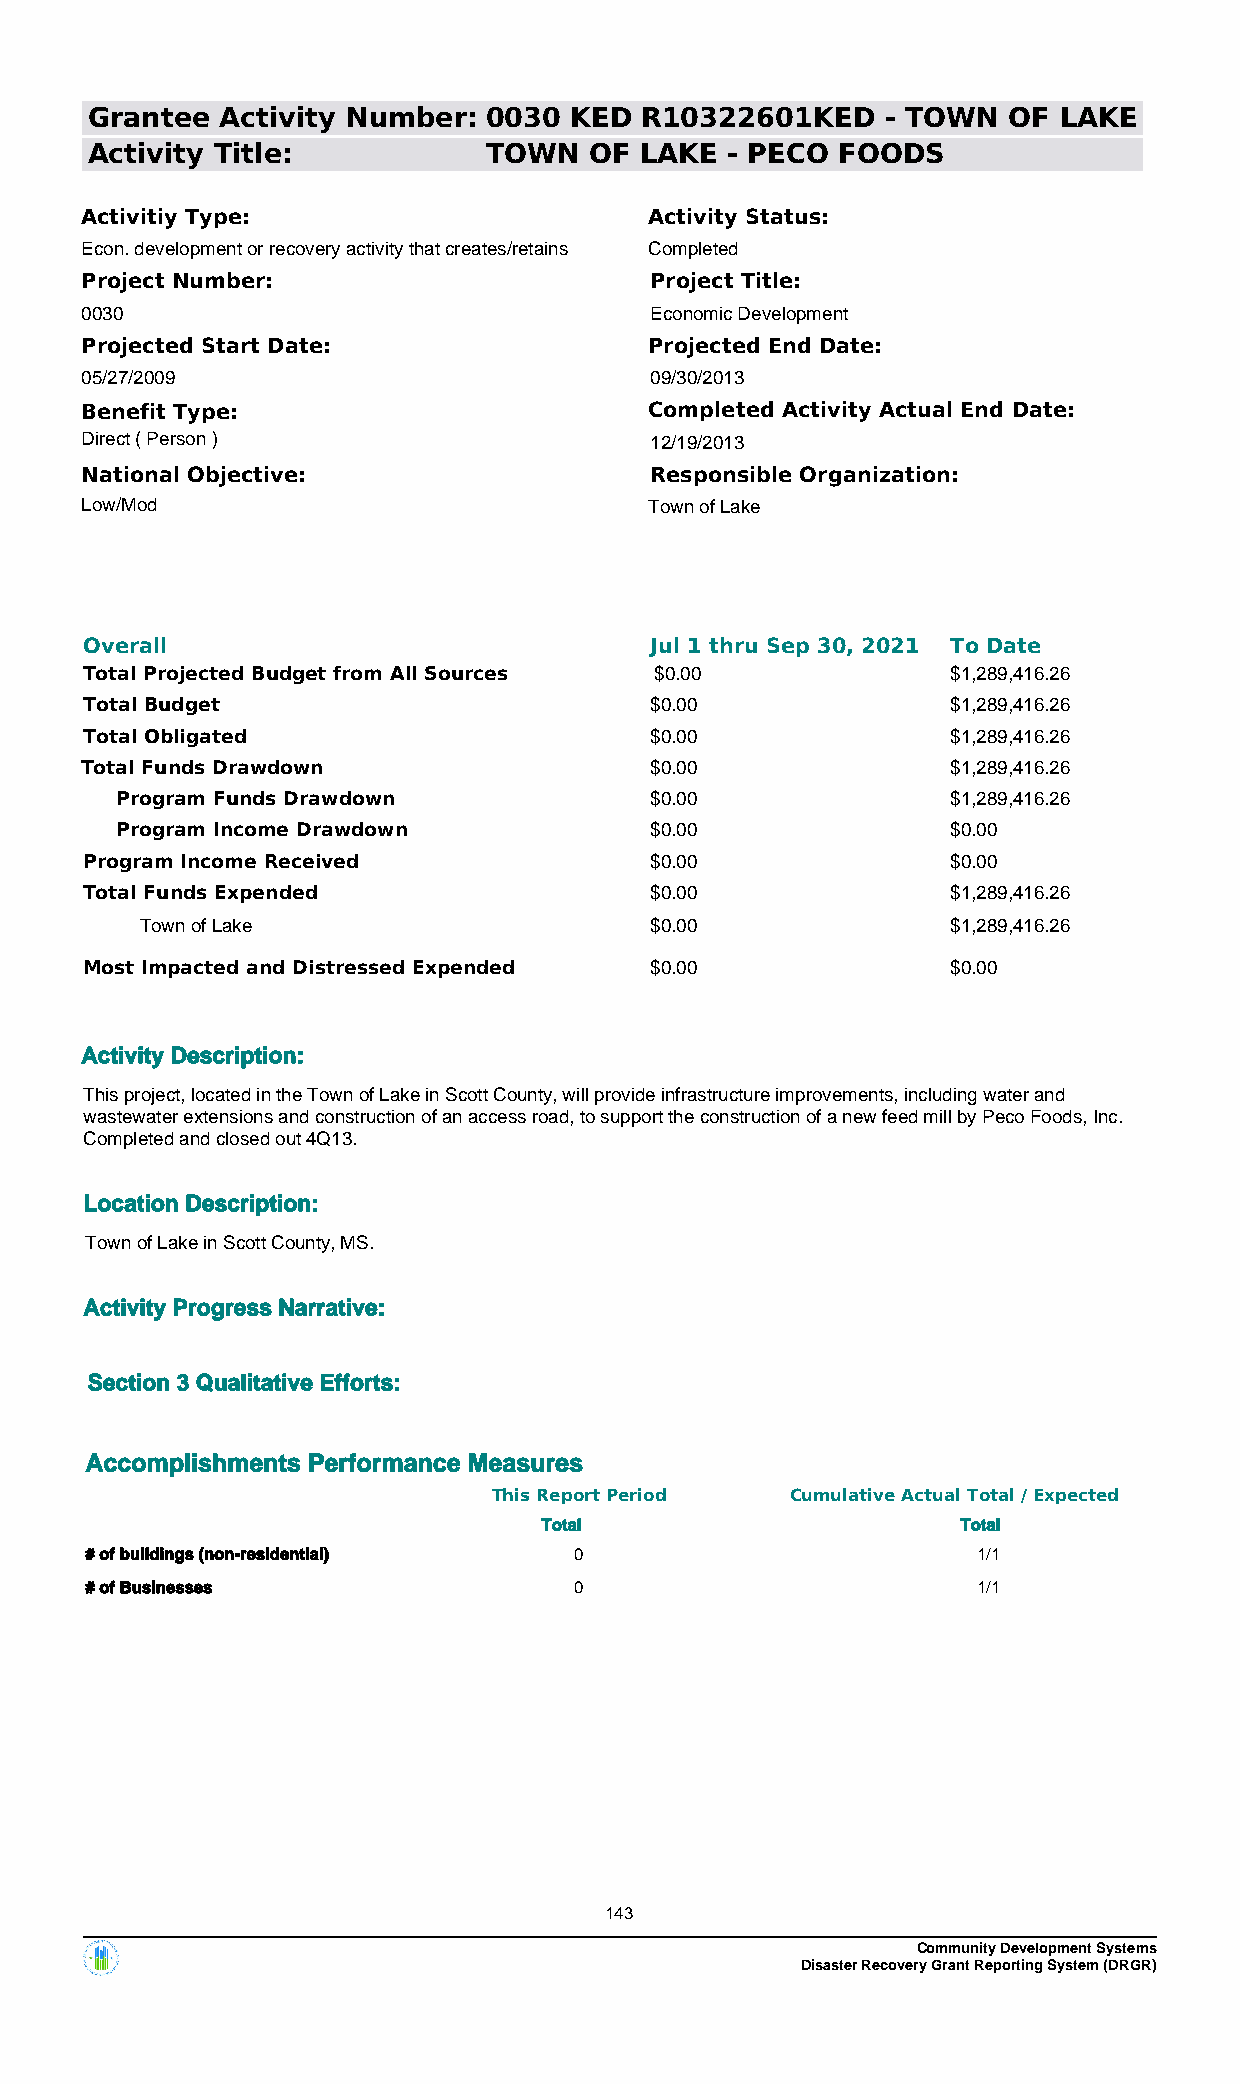
Grantee  Activity Number: 0030  KED R10322601KED     - TOWN  OF LAKE
 Activity Title:           TOWN   OF LAKE  - PECO FOODS
 Activitiy Type:                       Activity Status:
 Econ. development or recovery activity that creates/retains Completed
 Project Number:                       Project Title:
 0030                                  Economic Development
 Projected Start Date:                 Projected End Date:
 05/27/2009                            09/30/2013
 Benefit Type:                         Completed Activity Actual End Date:
 Direct ( Person )                     12/19/2013
 National Objective:                   Responsible Organization:
 Low/Mod                               Town of Lake
 Overall                              Jul 1 thru Sep 30, 2021 To Date
 Total Projected Budget from All Sources $0.00            $1,289,416.26
 Total Budget                         $0.00               $1,289,416.26
 Total Obligated                      $0.00               $1,289,416.26
 Total Funds Drawdown                  $0.00               $1,289,416.26
 Program Funds Drawdown             $0.00               $1,289,416.26
 Program Income Drawdown            $0.00               $0.00
 Program Income Received              $0.00               $0.00
 Total Funds Expended                 $0.00               $1,289,416.26
 Town of Lake                      $0.00               $1,289,416.26
 Most Impacted and Distressed Expended $0.00              $0.00
 Activity Description:
 This project, located in the Town of Lake in Scott County, will provide infrastructure improvements, including water and
 wastewater extensions and construction of an access road, to support the construction of a new feed mill by Peco Foods, Inc.
 Completed and closed out 4Q13.
 Location Description:
 Town of Lake in Scott County, MS.
 Activity Progress Narrative:
 Section 3 Qualitative Efforts:
 Accomplishments Performance Measures
 This Report Period Cumulative Actual Total / Expected
 Total                       Total
 # of buildings (non-residential) 0                         1/1
 # of Businesses                 0                          1/1
 143
 Community Development Systems
 Disaster Recovery Grant Reporting System (DRGR)